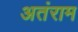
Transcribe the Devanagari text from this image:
अतंराम